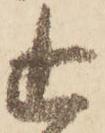
追